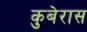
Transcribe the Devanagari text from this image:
कुबेरास